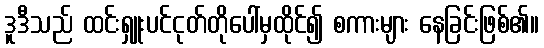
ဒူဒီသည် ထင်းရှူးပင်ငုတ်တိုပေါ်မှထိုင်၍ စကားများ နေခြင်းဖြစ်၏။